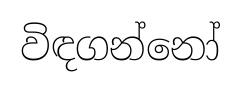
විඳගන්නෝ